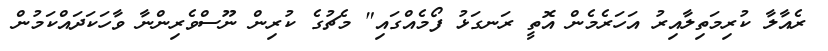
ރެއާލާ ކުރިމަތިލާއިރު އަހަރެމެން އޮތީ ރަނގަޅު ފޯމެއްގައި" މެޗުގެ ކުރިން ނޫސްވެރިންނާ ވާހަކަދައްކަމުން